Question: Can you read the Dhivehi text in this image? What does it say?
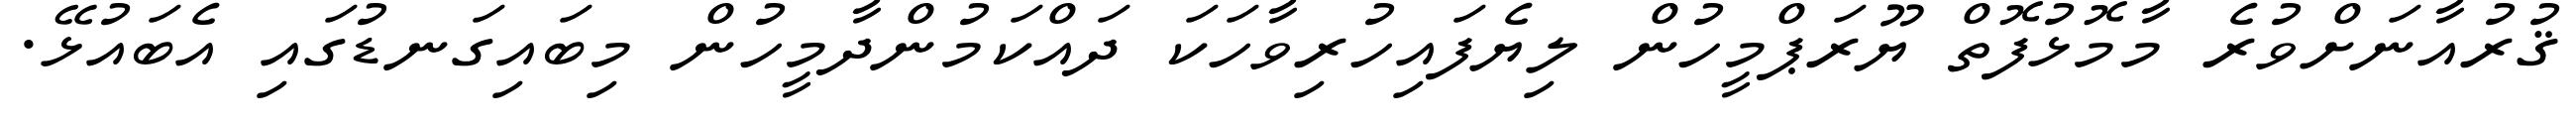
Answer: ޤުރުއާނަށްވުރެ މާމޮޅުފޮތް ޔޫރަޕްމީހުން ލިޔެފައިހުރިވާހަކަ ދައްކަމުންދާމީހުން މިބައިގަނޑުގައި އެބައުޅޭ.